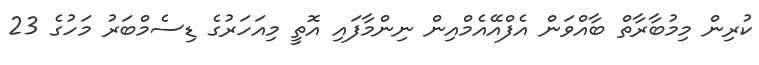
ކުރިން މިމުބާރާތް ބާއްވަން އެފްއޭއެމްއިން ނިންމާފައި އޮތީ މިއަހަރުގެ ޑިސެމްބަރު މަހުގެ 23